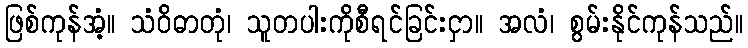
ဖြစ်ကုန်အံ့။ သံဝိဓာတုံ၊ သူတပါးကိုစီရင်ခြင်းငှာ။ အလံ၊ စွမ်းနိုင်ကုန်သည်။